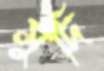
সুঁদি